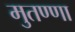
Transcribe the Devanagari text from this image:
मुतण्णा